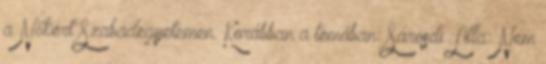
a Nőkért Szabadegyetemen. Korábban a témában: Sárosdi Lilla: Nem